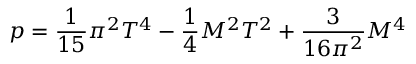
p = \frac { 1 } { 1 5 } \pi ^ { 2 } T ^ { 4 } - \frac { 1 } { 4 } M ^ { 2 } T ^ { 2 } + \frac { 3 } { 1 6 \pi ^ { 2 } } M ^ { 4 }